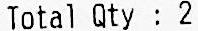
TOTAL QTY : 2